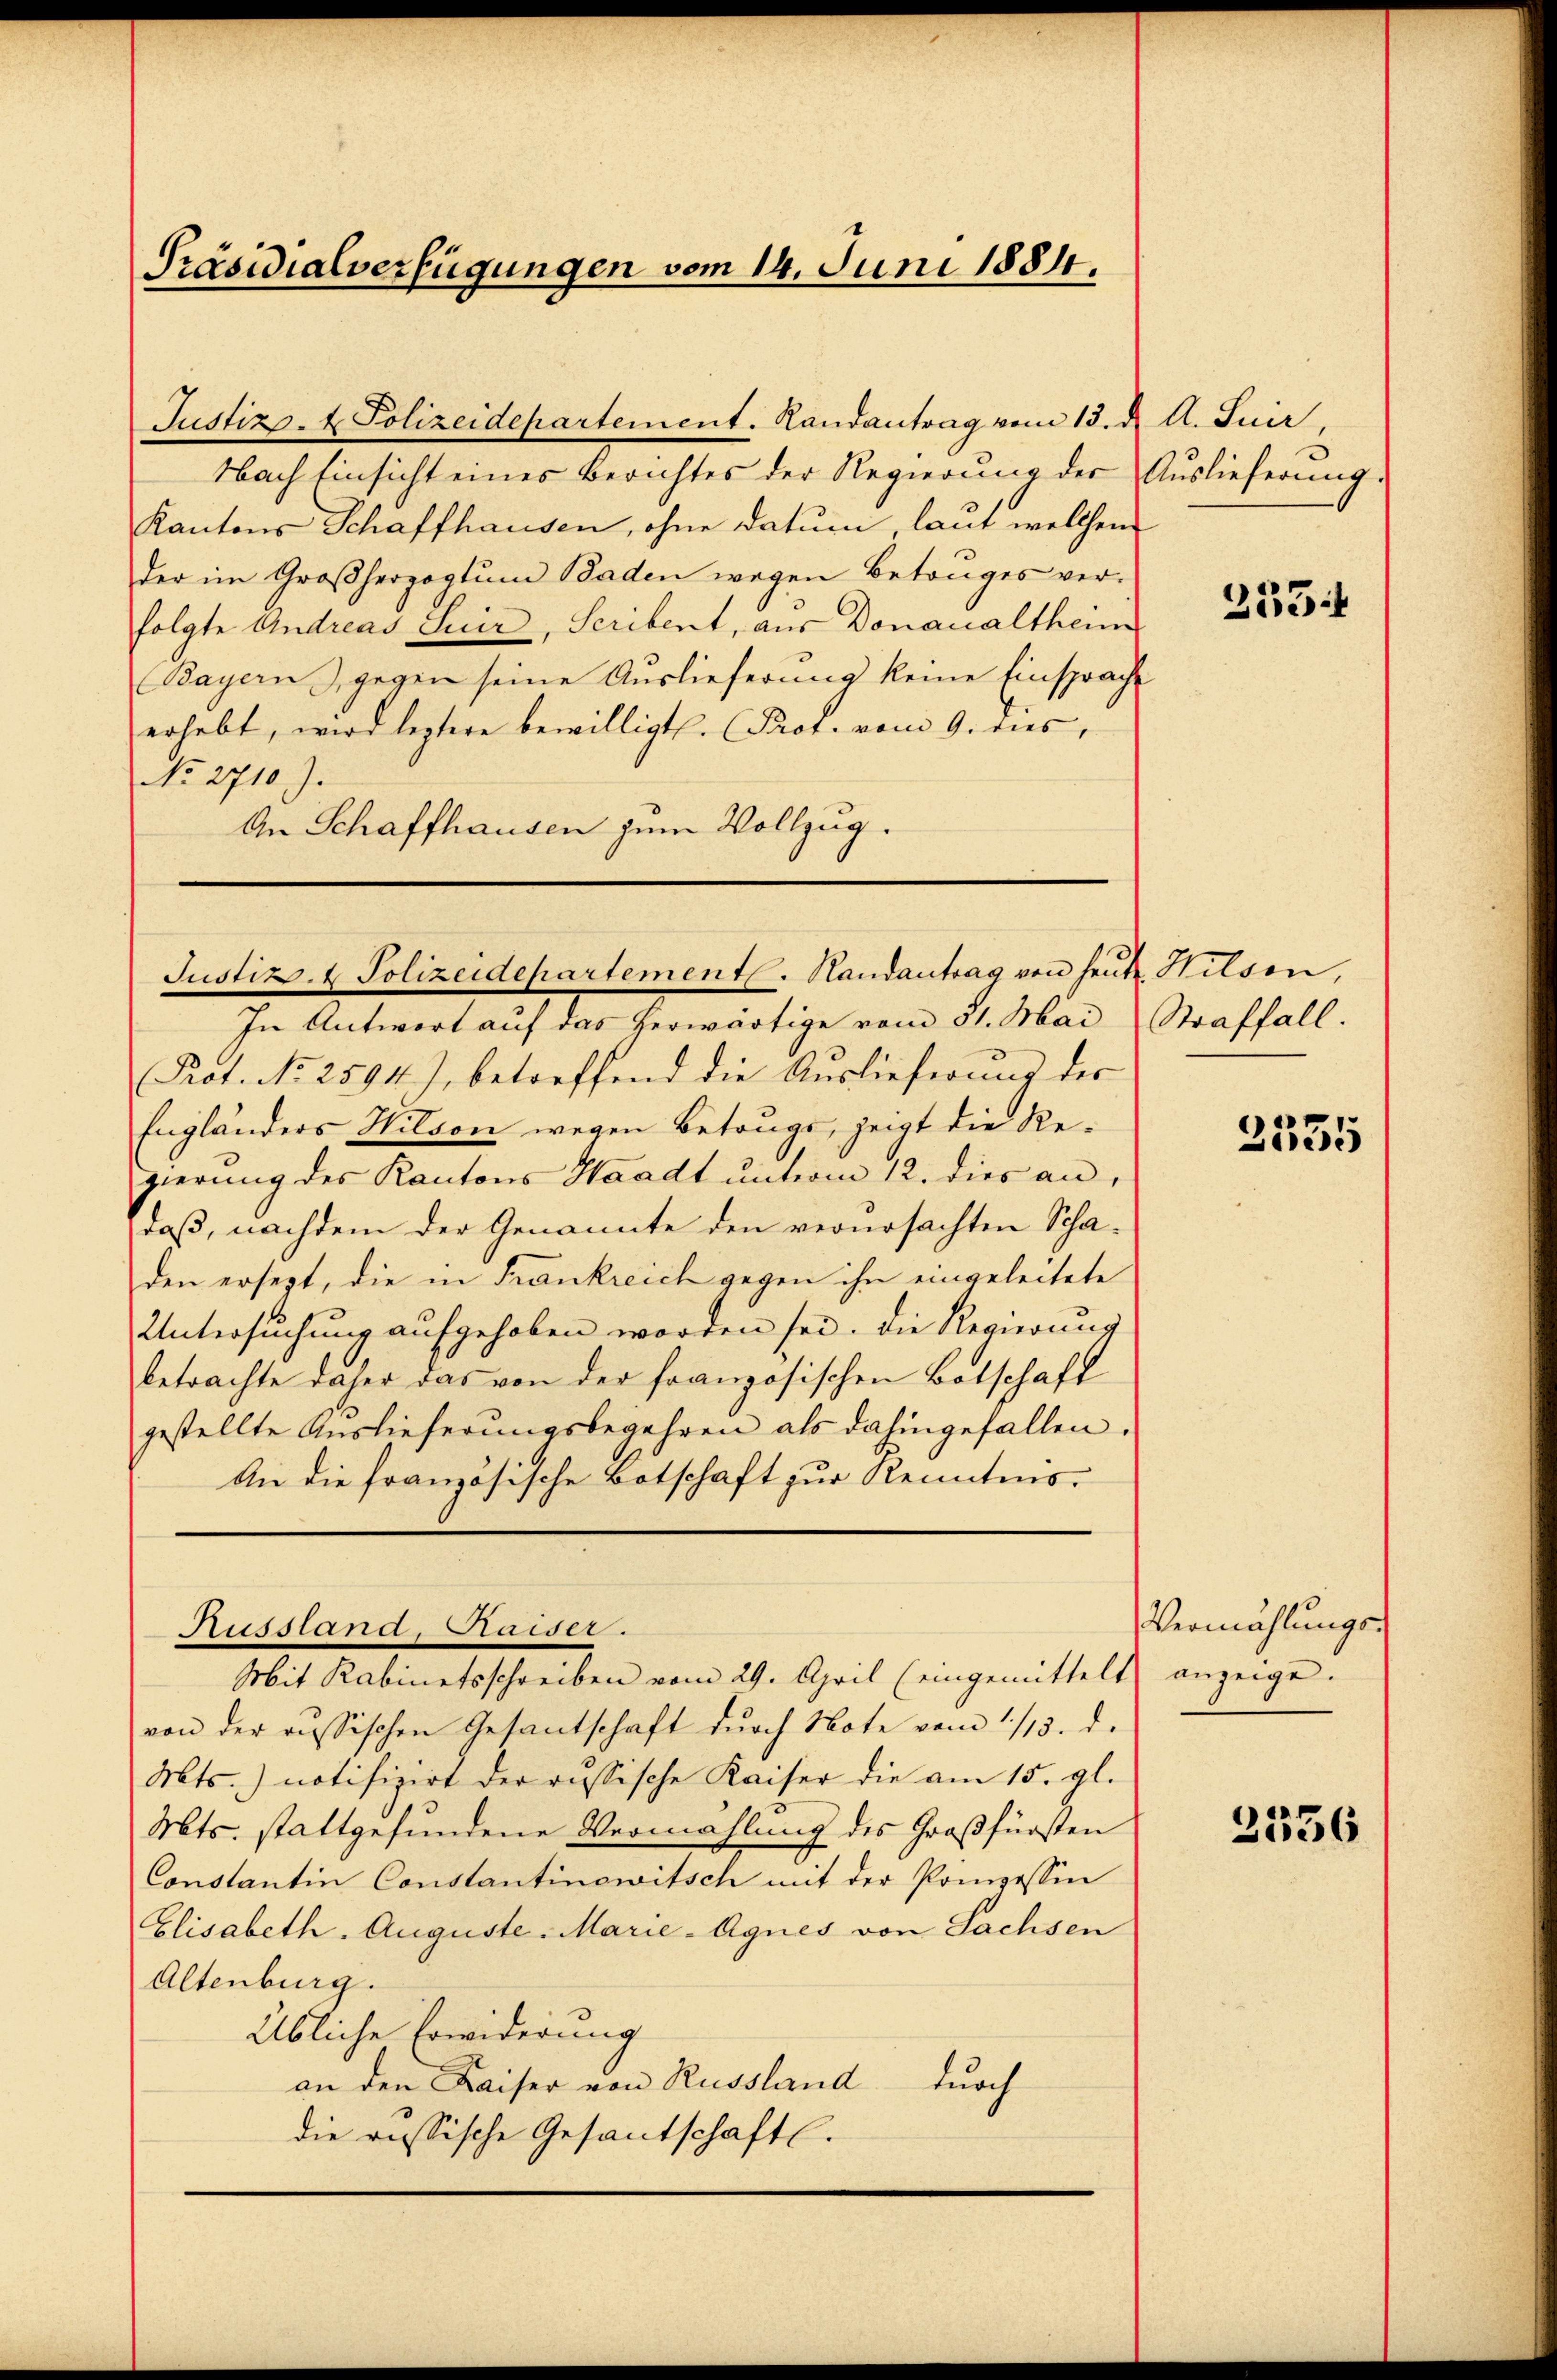
Präsidialverfügungen vom 14. Juni 1884.

Justiz- & Polizeidepartement. Landantrag vom 13. d. A. Tuir,
Nach Einsicht eines Berichtes der Regierung der Auslieferung.
Kantons Schaffhausen, ohne Datum, laut welchem
der im Großherzogtum Baden wegen Betruges verfolgte Andreas Seer, Seribent, aus Donaualtheim
(Bayern & gegen seine Auslieferung keine Einsprache
erhebt, wird leztere bewilligt. (Prot. vom 9. dies,
No 2710).
An Schaffhausen zum Vollzug.

In Antwort aŭf das herwärtige vom 31. Mai Straffall.
Prot. No 2594), betreffend die Auslieferung des
Engländers Hilson wegen Betrugs, zeigt die Regierung des Kantons Waadt unterm 12. dies an,
daß, nachdem der Genannte den verursachten Schaden ersezt, die in Frankreich gegen ihn eingeleitete
Untersuchung aufgehoben worden sei. Die Regierung
betrachte daher das von der französischen Botschaft
gestellte Auslieferungsbegehren als dahingefallen.
An die französische Botschaft zur Kenntmo¬

Justizs. 4 Polizeidepartement. Handantrag von heute. Hilsen,

Russlana, Saiser.

Mit Kabinetsschreiben vom 29. April (eingemittelt anzeige.
von der russischen Gesantschaft dŭrch Note vom 1/3. d.
Mts. notifizirt der russische Kaiser die am 15. gl.
Mts. stattgefundene Vermahlung des Großfürsten
Constantin Constantinowitsch mit der Pompessin
Elisabeth. Auguste Marie-Agnes von Sachsen
Altenburg.
Übliche Erwiderung
an den Kaiser von Russland
durch
die russische Gesantschaftl.

333

2535

Vermählungs-

3336